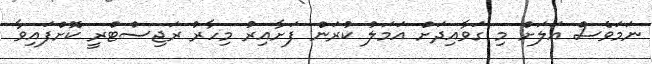
ނަމަވެސް އަލަށް މި ގަވާއިދަށް އަމަލު ކުރަން ފަށާއިރު މިހާރު ރަޖިސްޓްރީ ކޮށްފައިވާ